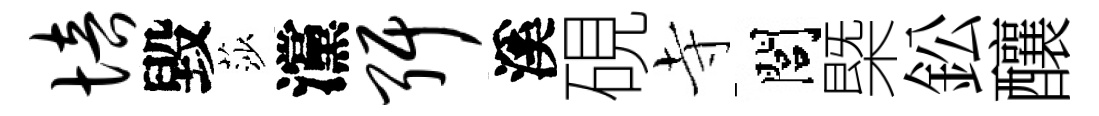
培毀莎灙弭溪硯寺閭槩鈆釀